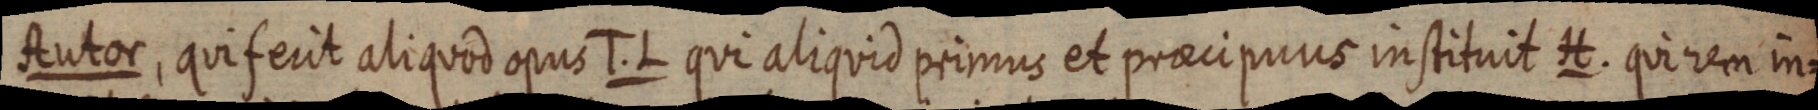
Autor, qui ferit aliquod opus T. L qui aliquid primus et praecipuus instituit H. qui rem in